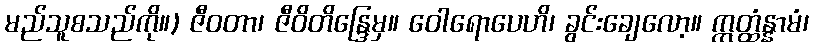
မည်သူစသည်ကို။) ဇီဝတာ၊ ဇီဝိတိန္ဒြေမှ။ ဝေါရောပေဟိ၊ ခွင်းချေလော့။ ဣတ္ထံန္နာမံ၊